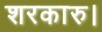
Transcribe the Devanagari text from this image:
शरकारु।